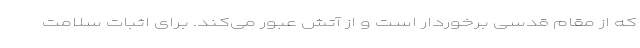
که از مقام قدسی برخوردار است و از آتش عبور می‌کند. برای اثبات سلامت